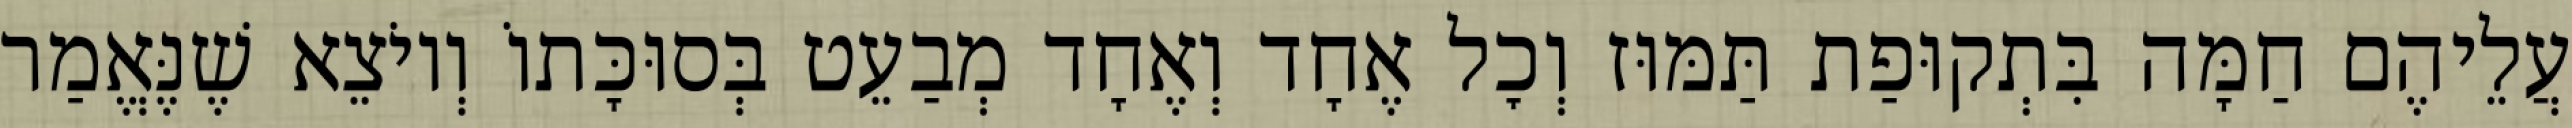
עֲלֵיהֶם חַמָּה בִּתְקוּפַת תַּמּוּז וְכׇל אֶחָד וְאֶחָד מְבַעֵט בְּסוּכָּתוֹ וְיוֹצֵא שֶׁנֶּאֱמַר